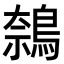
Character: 𬷝